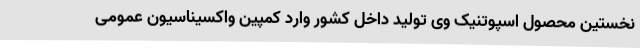
نخستین محصول اسپوتنیک وی تولید داخل کشور وارد کمپین واکسیناسیون عمومی